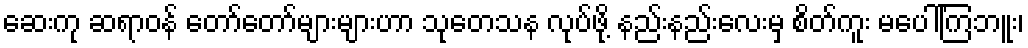
ဆေးကု ဆရာဝန် တော်တော်များများဟာ သုတေသန လုပ်ဖို့ နည်းနည်းလေးမှ စိတ်ကူး မပေါ်ကြဘူး၊